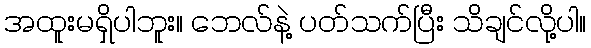
အထူးမရှိပါဘူး။ ဘေလ်နဲ့ ပတ်သက်ပြီး သိချင်လို့ပါ။